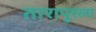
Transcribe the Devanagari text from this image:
तारापूरला